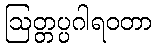
ဩတ္တပ္ပဂါရဝတာ